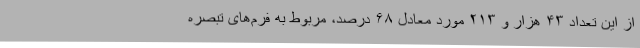
از این تعداد ۴۳ هزار و ۲۱۳ مورد معادل ۶۸ درصد، مربوط به فرم‌های تبصره